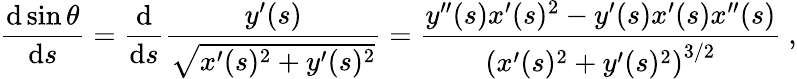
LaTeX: {\frac{\mathrm{d}\sin\theta}{\mathrm{d}s}}={\frac{\mathrm{d}}{\mathrm{d}s}}{\frac{y^{\prime}(s)}{\sqrt{x^{\prime}(s)^{2}+y^{\prime}(s)^{2}}}}={\frac{y^{\prime\prime}(s)x^{\prime}(s)^{2}-y^{\prime}(s)x^{\prime}(s)x^{\prime\prime}(s)}{\left(x^{\prime}(s)^{2}+y^{\prime}(s)^{2}\right)^{3/2}}}\ ,